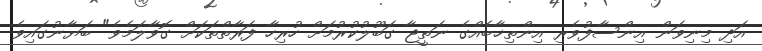
އަދި މިނިވަން އިންސާފުވެރި އިންތިޚާބެއްގެ ނަތީޖާ ގަބޫލުކުރުމަށް ހުރިހާ ފަރާތްތަކަށް ގޮވާލަމެވެ" ބަޔާނުގައިވެ